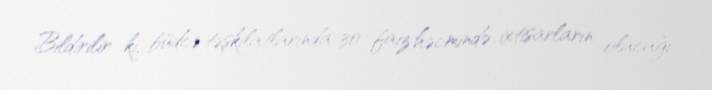
Bildirilir ki, büdcə təşkilatlarında 30 faiz həcmində ixtisarların olacağı